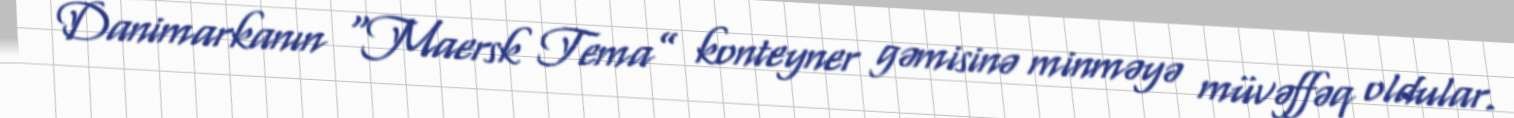
Danimarkanın “Maersk Tema” konteyner gəmisinə minməyə müvəffəq oldular.